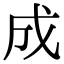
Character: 成